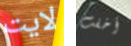
لايت أخفت